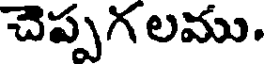
చెప్పగ లము.